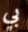
بي